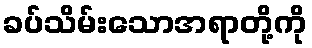
ခပ်သိမ်းသောအရာတို့ကို